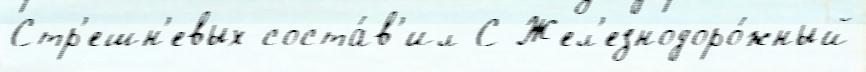
Стр'ешн'евых соста́в'ил С Жел'езнодоро́жный